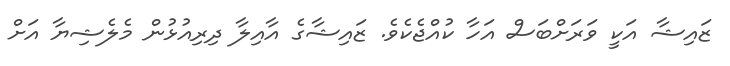
ޒައިޝާ އަކީ ވަރަށްބަސް އަހާ ކުއްޖެެކެވެ. ޒައިޝާގެ އާއިލާ ދިރިއުޅުން މެލެޝިޔާ އަށް